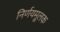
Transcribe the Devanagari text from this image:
निर्णयमूलक